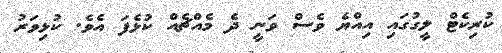
ކުރިކެޓް ލީގުގައި އިއްޔެ ވެސް ވަނީ ދެ މެއްޗެއް ކުޅެފަ އެވެ. ކުޅިވަރު